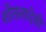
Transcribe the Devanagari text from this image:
शीतलादेवी